Sketch of the medical history of the native army of Bombay, for the year
Year: 1872
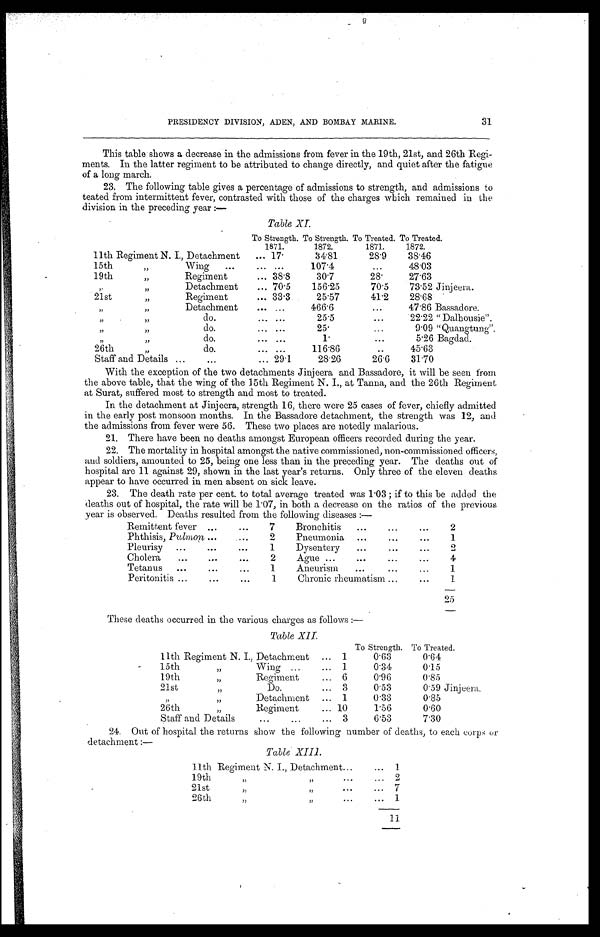
31
PRESIDENCY DIVISION, ADEN, AND BOMBAY MARINE.
This table shows a decrease in the admissions from fever in the 19th, 21st, and 26th Regi
-
ments. In the latter regiment to be attributed to change directly, and quiet after the fatigue
of a long march.
23. The following table gives a percentage of admissions to strength, and admissions to
teated from intermittent fever, contrasted with those of the charges which remained in the
division in the preceding year:—
Table XI.
To Strength. To Strength. To Treated. To Treated.
1871.
1872.
1871.
1872.
11th Regiment N. I., Detachment . . .
17.
34.81
28.9
38.46
15th " Wing
. . .
. . .
107.4
. . .
48.03
19th " Regimen
t . . .
38.8
30.7
28.
27.63
" " Detachment . . .
70.5
156.25
70.5
73.52 Jinjeera.
21st " Re giment
. . .
33.3
25.57
41.2
28.68
" " Detachment
. . .
466.6
. . .
47.86 Bassadore.
" " do. . . .
. . .
25.5
. . .
22.22 "Dalhousie".
" " do. . . .
. . .
25.
. . .
9.09 "Quangtung".
" " do. . . .
. . .
1 .
. . .
5.26 Bagdad.
26th " do. . . .
. . .
116.86
. . .
45.63
Staff and Details . . .
29.1
28.26
26.6
31.70
With the exception of the two detachments Jinjeera and Bassadore, it will be seen from
the above table, that the wing of the 15th Regiment N. I., at Tanna, and the 26th Regiment
at Surat, suffered most to strength and most to treated.
In the detachment at Jinjeera, strength 16, there were 25 cases of fever, chiefly admitted
in the early post monsoon months. In the Bassadore detachment, the strength was 12, and
the admissions from fever were 56. These two places are notedly malarious.
21. There have been no deaths amongst European officers recorded during the year.
22. The mortality in hospital amongst the native commissioned, non-commissioned officers,
and soldiers, amounted to 25, being one less than in the preceding year. The deaths out of
hospital are 11 against 29, shown in the last year's returns. Only three of the eleven deaths
appear to have occurred in men absent on sick leave.
23. The death rate per cent. to total average treated was 1.03; if to this be added the
deaths out of hospital, the rate will be 1.07, in both a decrease on the ratios of the previous
year is observed. Deaths resulted from the following diseases:—
Remittent fever . . .
7
Bronchitis . . .
2
Phthisis, Pulmon . . .
2
Pneumonia . . .
1
Pleurisy . . .
1
Dysentery . . .
2
Cholera . . .
2
Ague . . .
4
Tetanus . . .
1
Aneurism . . .
1
Peritonitis . . .
1
Chronic rheumatism . . .
1
25
These deaths occurred in the various charges as follows:—
Tabl e XI I .
11th Regiment N . I., Detachment . . .
To Strength. To Treated.
1
0.63
0.64
15th " Wing . . .
1
0.34
0.15
19th " Regiment
. . .
6
0.96
0.85
21st " Do
. . . .
3
0.53
0.59 Jinjeera.
" " D e t a c h m e n t . . . 1
0.33
0.85
2 6 t h " R e g i m e n t . . .
10
1.56
0.60
Staff and Details . . .
3
6.53
7.30
24. Out of hospital the returns show the following number of deaths, to each corps or
detachment:—
Table XIII.
11th Regiment N. I., Detachment . . . 1
19th " " . . . 2
2 1 s t " " . . . 7
26th " " . . . 1
11